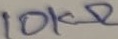
Text: 10KΩ